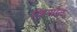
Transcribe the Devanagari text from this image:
क्रिसोल